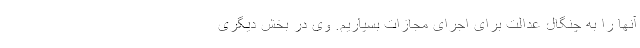
آنها را به چنگال عدالت برای اجرای مجازات بسپاریم. وی در بخش دیگری